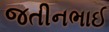
જતીનભાઈ